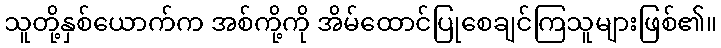
သူတို့နှစ်ယောက်က အစ်ကို့ကို အိမ်ထောင်ပြုစေချင်ကြသူများဖြစ်၏။